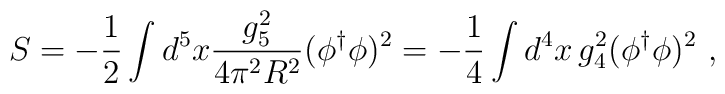
S = -\frac{1}{2}\int d^5x    \frac{g_5^2}{4\pi^2 R^2} (\phi^\dagger \phi)^2=-\frac{1}{4}  \int d^4x \,g_4^2 (\phi^\dagger \phi)^2~,